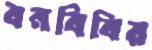
বনবিবির